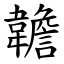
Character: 䪜